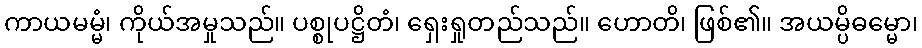
ကာယမမ္မံ၊ ကိုယ်အမှုသည်။ ပစ္စုပဋ္ဌိတံ၊ ရှေးရှုတည်သည်။ ဟောတိ၊ ဖြစ်၏။ အယမ္ပိဓမ္မော၊